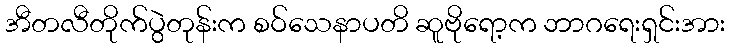
အီတလီတိုက်ပွဲတုန်းက စဝ်သေနာပတိ ဆူဗိုရော့က ဘာဂရေးရှင်းအား